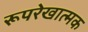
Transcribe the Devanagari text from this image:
रूपरेखात्मक